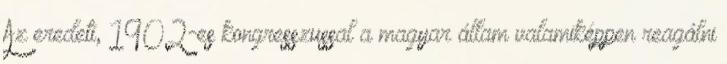
Az eredeti, 1902-es kongresszussal a magyar állam valamiképpen reagálni